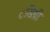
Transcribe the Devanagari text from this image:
८डिग्री